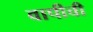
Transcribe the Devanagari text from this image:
वापीची